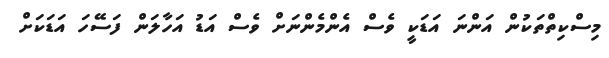
މިސްކިތްތަކުން އަންނަ އަޑަކީ ވެސް އެންމެންނަށް ވެސް އަޑު އަހާލަން ފަސޭހަ އަޑަކަށް